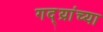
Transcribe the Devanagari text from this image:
गद्य्रांच्या